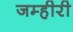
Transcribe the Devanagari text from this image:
जम्हीरी